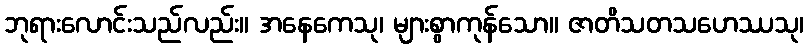
ဘုရားလောင်းသည်လည်း။ အနေကေသု၊ များစွာကုန်သော။ ဇာတိသတသဟေဿသု၊